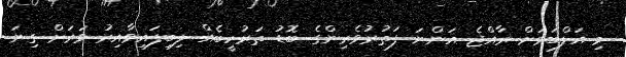
މި އަލްބަމަށް ރާއްޖެ އަންނަ ފަތުރުވެރިންގެ ބޮޑު ތަރުހީބެއް ލިބިފައިވާއިރު ވަރަށް ގިނަ